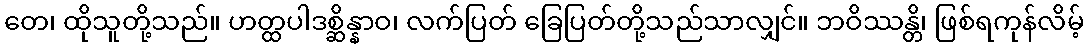
တေ၊ ထိုသူတို့သည်။ ဟတ္ထပါဒစ္ဆိန္နာဝ၊ လက်ပြတ် ခြေပြတ်တို့သည်သာလျှင်။ ဘဝိဿန္တိ၊ ဖြစ်ရကုန်လိမ့်